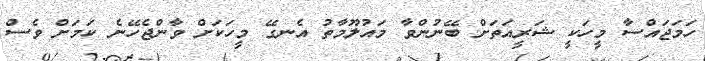
ހަމަޖައްސާ މީހަކީ ޝަރީއަތަށް ބޭނުންވާ މައުލޫމާތު އެނގޭ މީހަކަށް ވާންޖެހޭނެ ކަމަށް ވެސް